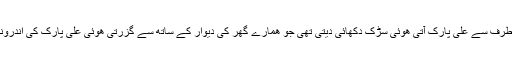
یہاں سے سمن اباد کی طرف سے علی پارک آتی ھوئی سڑک دکھائی دیتی تھی جو ھمارے گھر کی دیوار کے ساتھ سے گزرتی ھوئی علی پارک کی اندرونی آبادی تک جاتی تھی۔